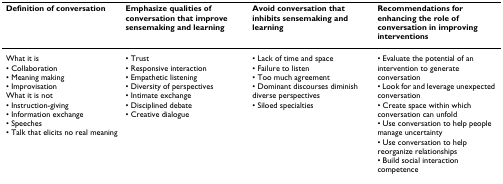
<table><thead><tr><td><b>Definition of conversation</b></td><td><b>Emphasize qualities of conversation that improve sensemaking and learning</b></td><td><b>Avoid conversation that inhibits sensemaking and learning</b></td><td><b>Recommendations for enhancing the role of conversation in improving interventions</b></td></tr></thead><tbody><tr><td>What it is• Collaboration• Meaning making• ImprovisationWhat it is not• Instruction-giving• Information exchange• Speeches• Talk that elicits no real meaning</td><td>• Trust• Responsive interaction• Empathetic listening• Diversity of perspectives• Intimate exchange• Disciplined debate• Creative dialogue</td><td>• Lack of time and space• Failure to listen• Too much agreement• Dominant discourses diminish diverse perspectives• Siloed specialties</td><td>• Evaluate the potential of an intervention to generate conversation• Look for and leverage unexpected conversation• Create space within which conversation can unfold• Use conversation to help people manage uncertainty• Use conversation to help reorganize relationships• Build social interaction competence</td></tr></tbody></table>